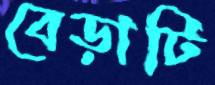
বেড়াটি